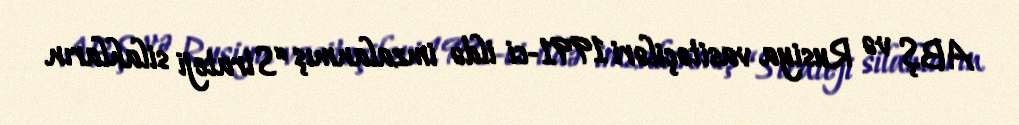
ABŞ və Rusiya vasitəçiləri 1991-ci ildə imzalanmış “Strateji silahların